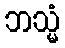
ဘသ္မံ